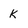
Character: k